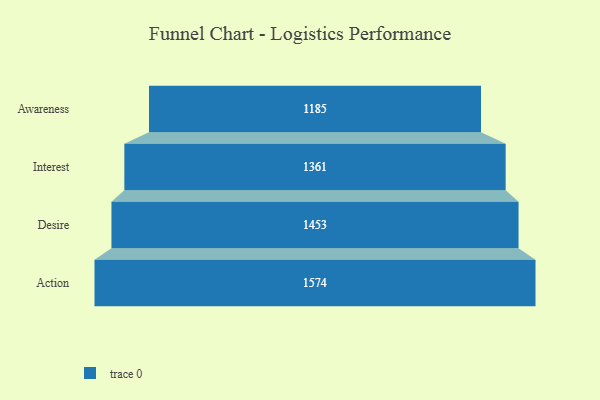
{"axis": {"x": "Stage", "y": "Value"}, "legend": [""], "data": [{"x": "Awareness", "y": 1185.0, "type": ""}, {"x": "Interest", "y": 1361.0, "type": ""}, {"x": "Desire", "y": 1453.0, "type": ""}, {"x": "Action", "y": 1574.0, "type": ""}]}